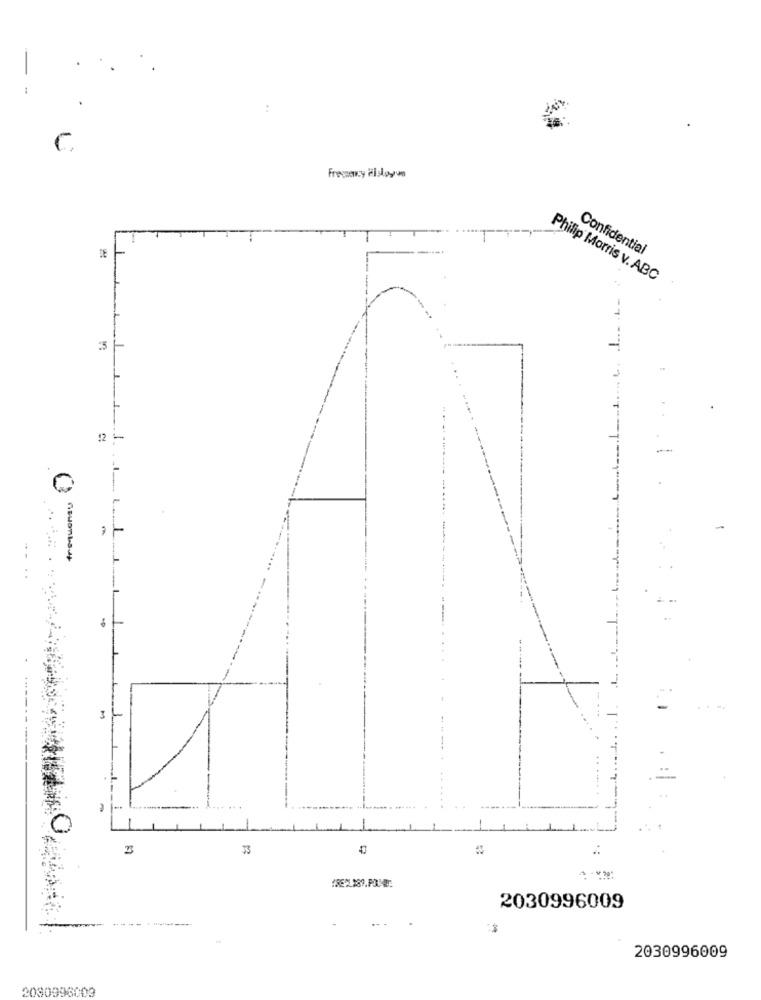
:
Fressency Pisdoyon
Confidential
Philip Morris v. ABC
12
-
-
....
C
1
23
33
2030996009
....
2030996009
2030996009